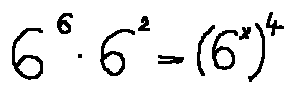
6 ^ { 6 } \cdot 6 ^ { 2 } = ( 6 ^ { x } ) ^ { 4 }